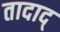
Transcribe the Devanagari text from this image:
तादाद्